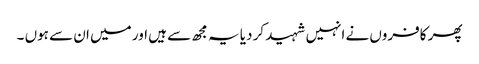
پھر کافروں نے انہیں شہید کر دیا یہ مجھ سے ہیں اور میں ان سے ہوں ۔